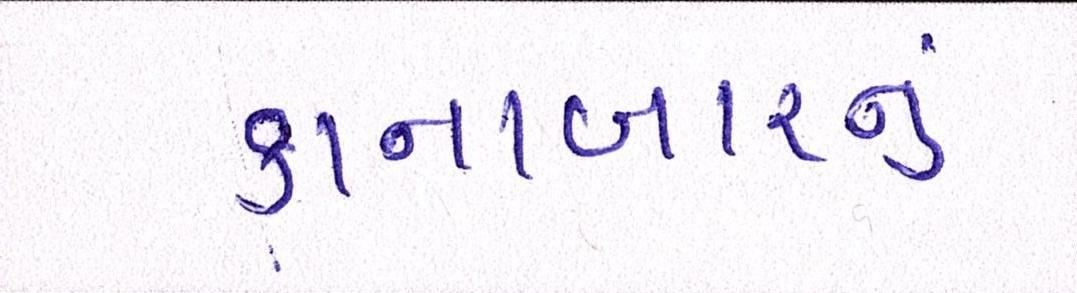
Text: કાનાબારનું